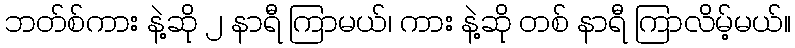
ဘတ်စ်ကား နဲ့ဆို ၂ နာရီ ကြာမယ်၊ ကား နဲ့ဆို တစ် နာရီ ကြာလိမ့်မယ်။